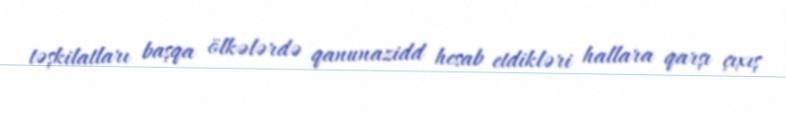
təşkilatları başqa ölkələrdə qanunazidd hesab etdikləri hallara qarşı çıxış